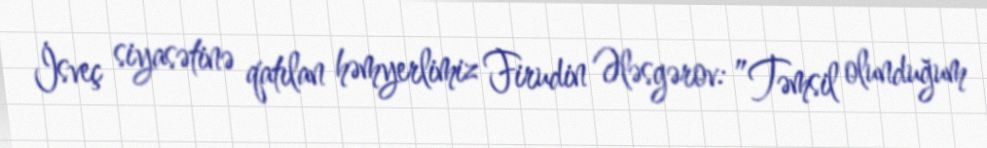
İsveç siyasətinə qatılan həmyerlimiz Firudin Ələsgərov: ”Təmsil olunduğum